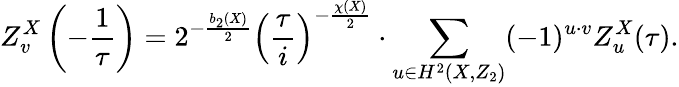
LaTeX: Z_{v}^{X}\left(-\frac{1}{\tau}\right)=2^{-\frac{b_{2}(X)}{2}}\left(\frac{\tau}{i}\right)^{-\frac{\chi(X)}{2}}\cdot\sum_{u\in H^{2}(X,Z_{2})}(-1)^{u\cdot v}Z_{u}^{X}(\tau).